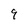
Character: 9